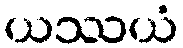
ယဿယံ